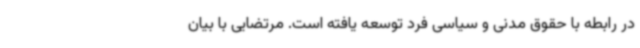
در رابطه با حقوق مدنی و سیاسی فرد توسعه یافته است. مرتضایی با بیان